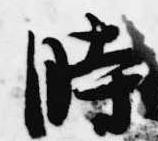
時